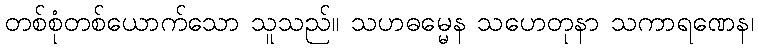
တစ်စုံတစ်ယောက်သော သူသည်။ သဟဓမ္မေန သဟေတုနာ သကာရဏေန၊